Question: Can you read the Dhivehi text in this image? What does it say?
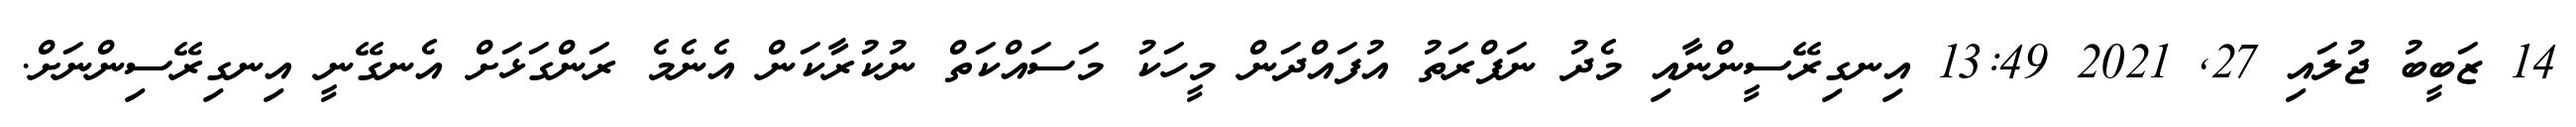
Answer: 14 ޒަބީބު ޖުލައި 27, 2021 13:49 އިނގިރޭސީންނާއި މެދު ނަފްރަތު އުފައްދަން މީހަކު މަސައްކަތް ނުކުރާކަން އެނެމެ ރަންގަޅަށް އެނގޭނީ އިނގިރޭސިންނަށް.